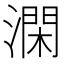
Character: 澖